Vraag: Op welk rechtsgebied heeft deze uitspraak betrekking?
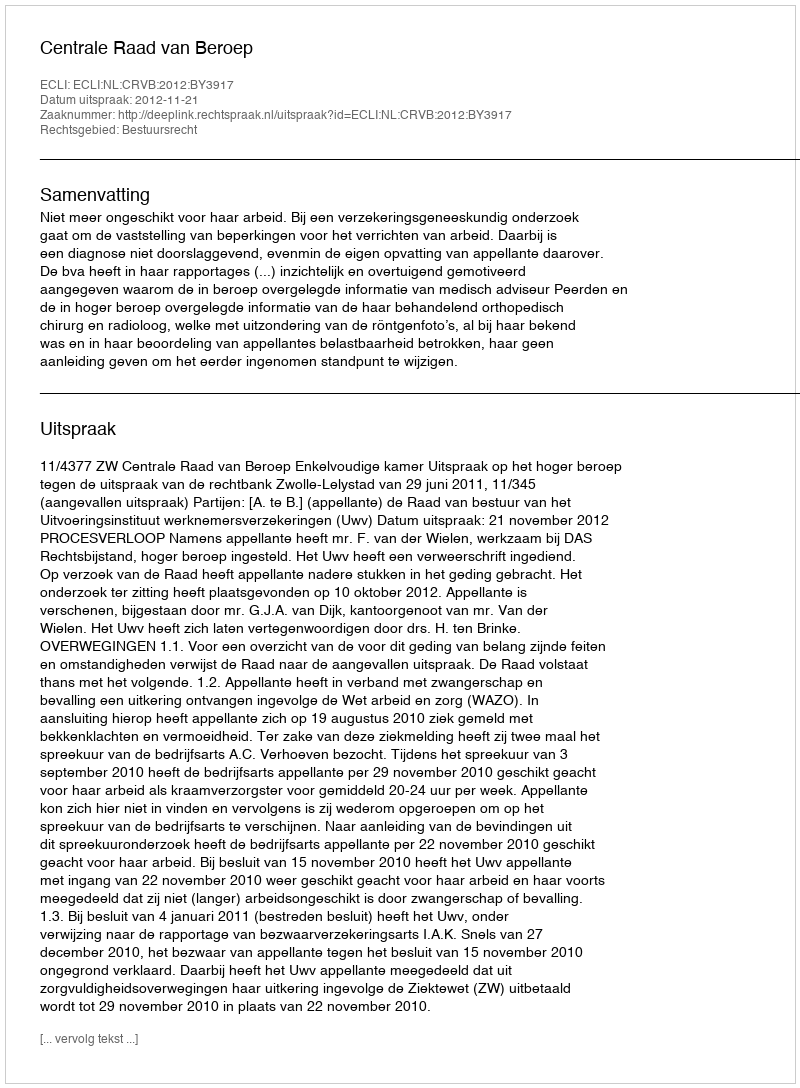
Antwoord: Bestuursrecht